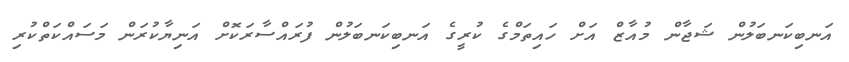
އަނބިކަނބަލުން ޝަޖާން މުއާޒް އަަށް ހައިތަމްގެ ކުރީގެ އަނބިކަނބަލުން ފުރައްސާރަކޮށް އަނިޔާކުރަން މަސައްކަތްކުރި